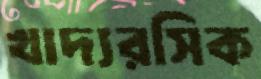
খাদ্যরসিক